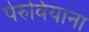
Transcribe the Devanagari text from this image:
पेरुवियाना